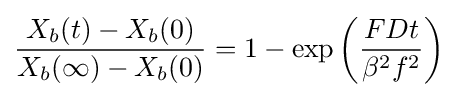
{\frac {X_{b}(t)-X_{b}(0)}{X_{b}(\infty )-X_{b}(0)}}=1-\exp \left({\frac {FDt}{\beta ^{2}f^{2}}}\right)